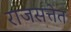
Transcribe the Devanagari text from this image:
राजसत्तेत